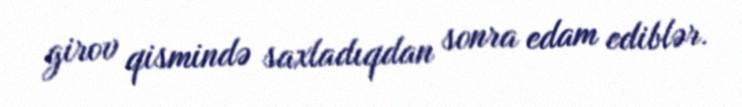
girov qismində saxladıqdan sonra edam ediblər.